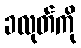
ခလုတ်ကို